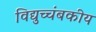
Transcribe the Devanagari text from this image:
विद्युच्चंबकीय